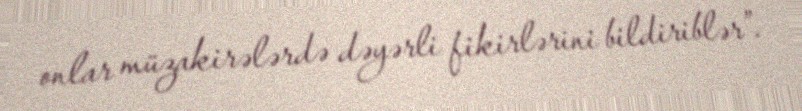
onlar müzakirələrdə dəyərli fikirlərini bildiriblər”.